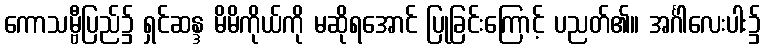
ကောသမ္ဗီပြည်၌ ရှင်ဆန္ဒ မိမိကိုယ်ကို မဆိုရအောင် ပြုခြင်းကြောင့် ပညတ်၏။ အင်္ဂါလေးပါး၌